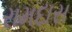
રામદાસ